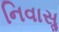
નિવાસૢ